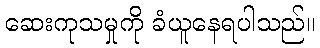
ဆေးကုသမှုကို ခံယူနေရပါသည်။